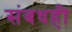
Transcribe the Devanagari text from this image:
संबधही